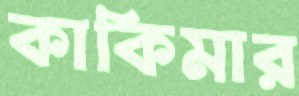
কাকিমার